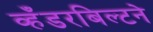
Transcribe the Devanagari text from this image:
व्हँडरबिल्टने